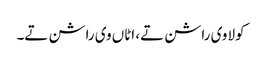
کولا وی راشن تے، اٹاں وی راشن تے۔